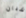
شبان